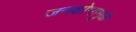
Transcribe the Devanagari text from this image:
जनक्षोभामुळे